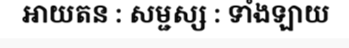
ឤយតន : សម្ជស្ស : ទាំងឡាយ